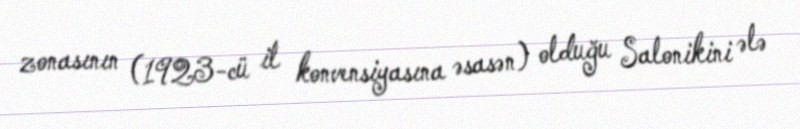
zonasının (1923-cü il konvensiyasına əsasən) olduğu Salonikini ələ